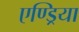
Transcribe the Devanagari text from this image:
एण्ड्रिया